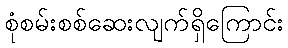
စုံစမ်းစစ်ဆေးလျက်ရှိကြောင်း